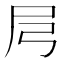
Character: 𡰬